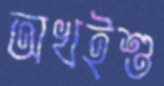
অখইশু